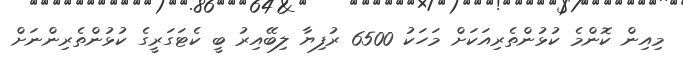
މިއިން ކޮންމެ ކުޅުންތެރިއަކަށް މަހަކު 6500 ރުފިޔާ ލިބޭއިރު ބީ ކެޓަގަރީގެ ކުޅުންތެރިންނަށް